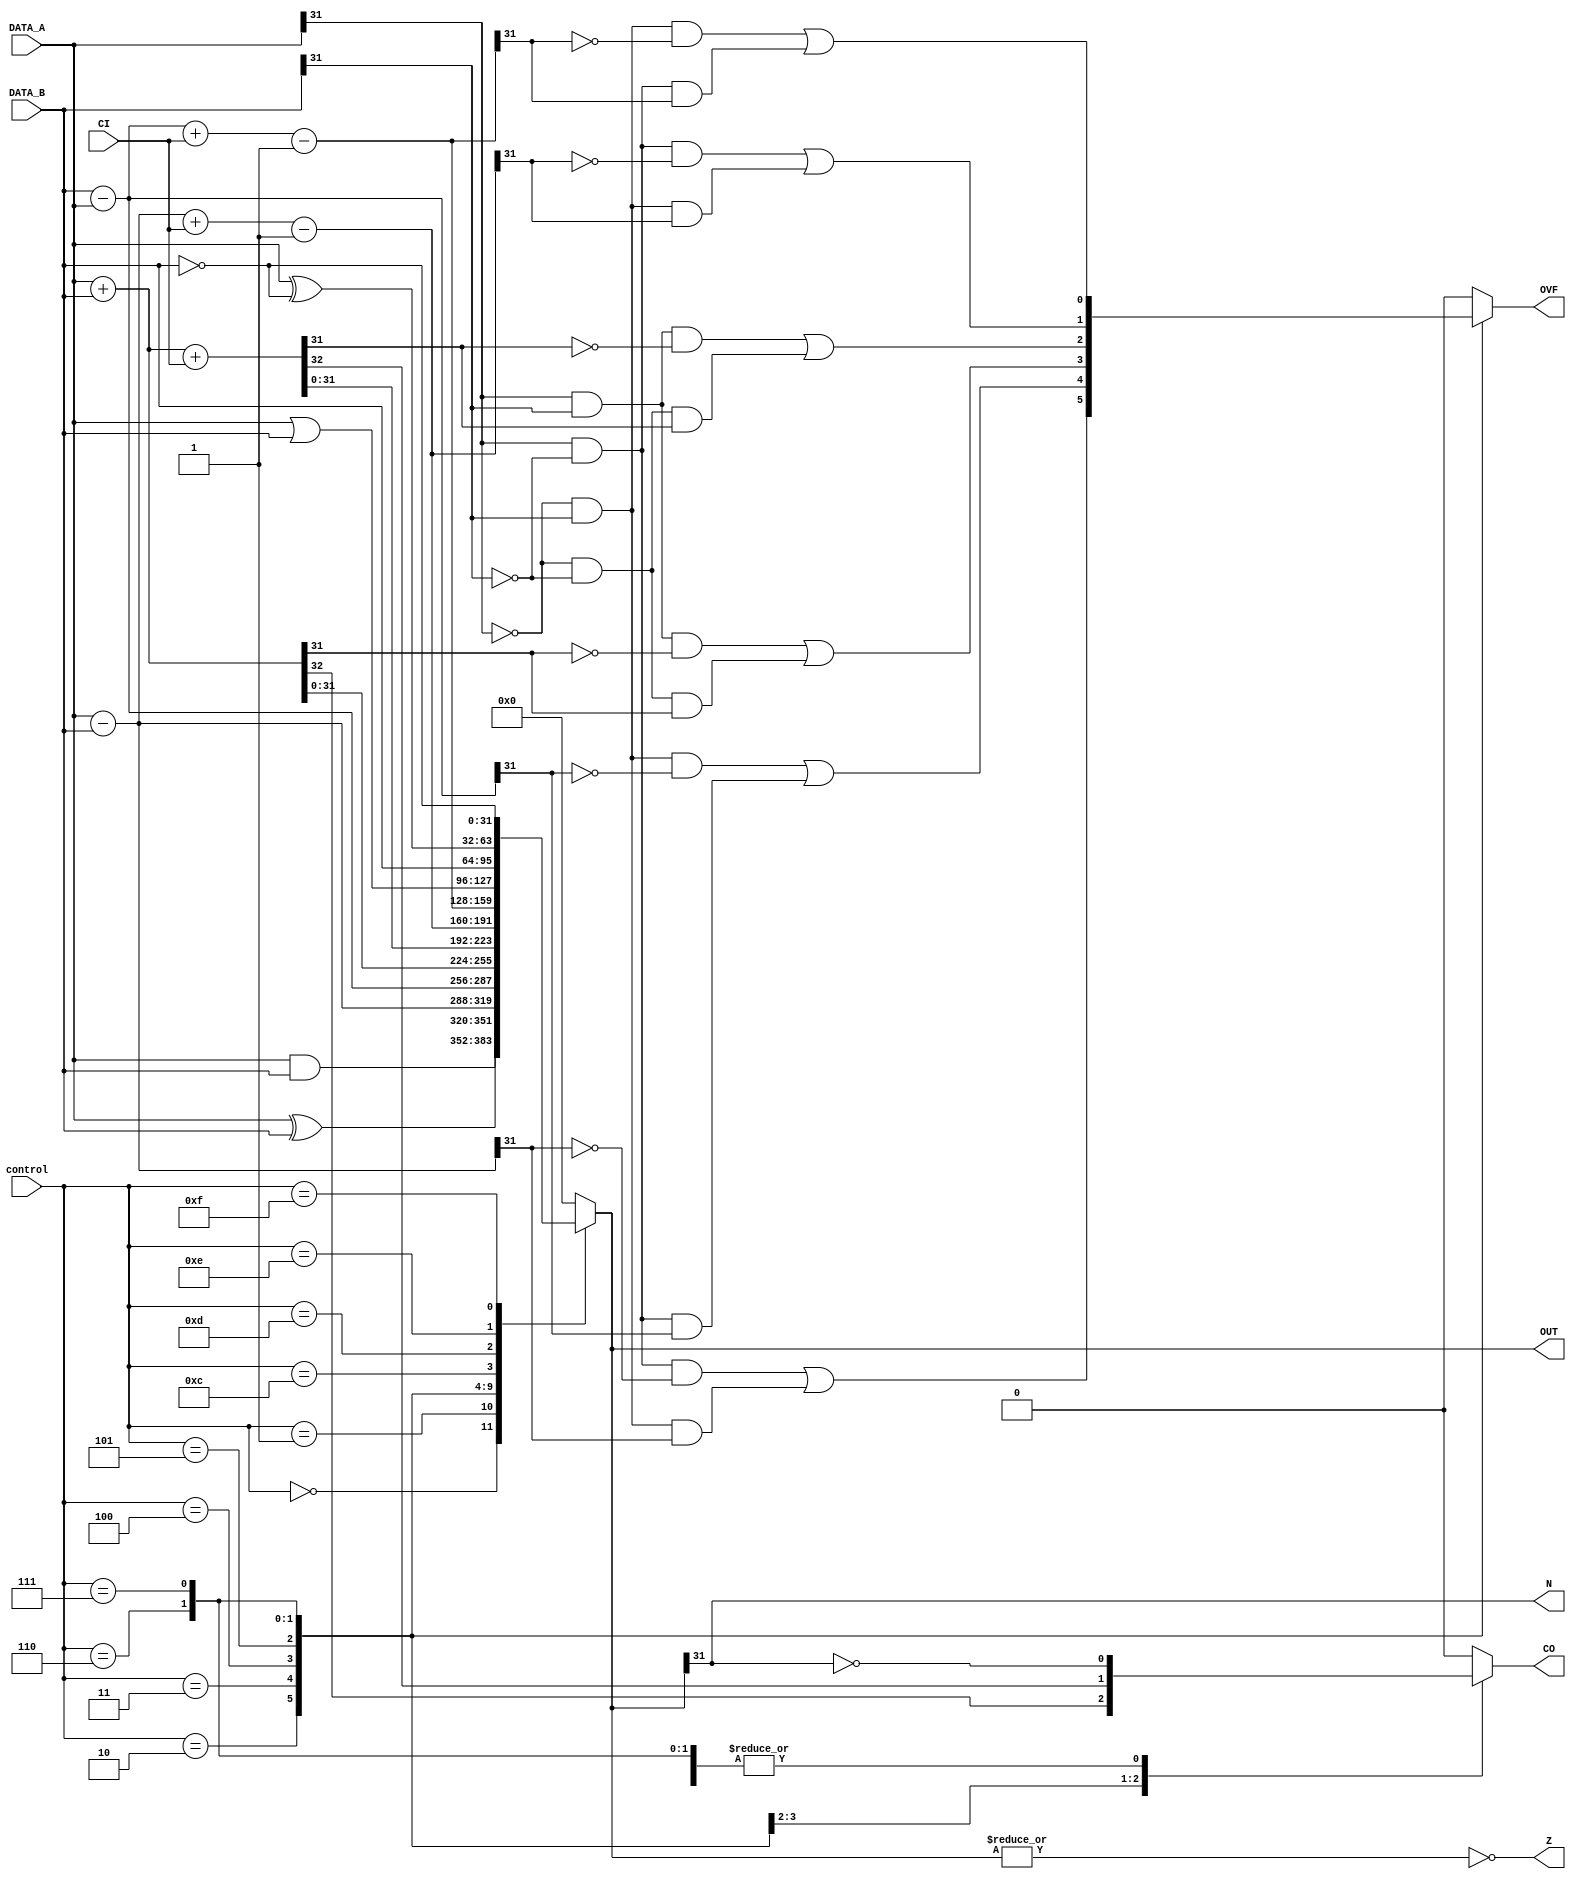
module ALU #(parameter WIDTH=32)
    (
	  input [3:0] control,
	  input CI,
	  input [WIDTH-1:0] DATA_A,
	  input [WIDTH-1:0] DATA_B,
      output reg [WIDTH-1:0] OUT,
	  output reg CO,
	  output reg OVF,
	  output N, Z
    );

parameter AND=4'b0000,
		  EXOR=4'b0001,
		  SubtractionAB=4'b0010,
		  SubtractionBA=4'b0011,
		  Addition=4'b0100,
		  Addition_Carry=4'b0101,
		  SubtractionAB_Carry=4'b0110,
		  SubtractionBA_Carry=4'b0111,
		  ORR=4'b1100,
		  Move=4'b1101,
		  Bit_Clear=4'b1110,
		  Move_Not=4'b1111;

// Assign the zero and negative flasg here since it is very simple
assign N = OUT[WIDTH-1];
assign Z = ~(|OUT);
	 
always@(*) begin
	case(control)
		AND:begin
			OUT = DATA_A & DATA_B;
			CO = 1'b0;
			OVF = 1'b0;
		end
		EXOR:begin
			OUT = DATA_A ^ DATA_B;
			CO = 1'b0;
			OVF = 1'b0;
		end
		SubtractionAB:begin
			OUT = DATA_A - DATA_B;
			CO = ~N; // ARM uses inverted borrow for subtraction with carry
			OVF = (DATA_A[WIDTH-1] & ~DATA_B[WIDTH-1] & ~OUT[WIDTH-1]) | (~DATA_A[WIDTH-1] & DATA_B[WIDTH-1] & OUT[WIDTH-1]);
		end
		SubtractionBA:begin
			OUT = DATA_B - DATA_A;
			CO = ~N; // ARM uses inverted borrow for subtraction with carry
			OVF = (DATA_B[WIDTH-1] & ~DATA_A[WIDTH-1] & ~OUT[WIDTH-1]) | (~DATA_B[WIDTH-1] & DATA_A[WIDTH-1] & OUT[WIDTH-1]);
		end
		Addition:begin
			{CO,OUT} = DATA_A + DATA_B;
			OVF = (DATA_A[WIDTH-1] & DATA_B[WIDTH-1] & ~OUT[WIDTH-1]) | (~DATA_A[WIDTH-1] & ~DATA_B[WIDTH-1] & OUT[WIDTH-1]);
		end
		Addition_Carry:begin
			{CO,OUT} = DATA_A + DATA_B + CI;
			OVF = (DATA_A[WIDTH-1] & DATA_B[WIDTH-1] & ~OUT[WIDTH-1]) | (~DATA_A[WIDTH-1] & ~DATA_B[WIDTH-1] & OUT[WIDTH-1]);
		end
		SubtractionAB_Carry:begin
			OUT = DATA_A - DATA_B + CI - 1;
			CO = ~N; // ARM uses inverted borrow for subtraction with carry
			OVF = (DATA_A[WIDTH-1] & ~DATA_B[WIDTH-1] & ~OUT[WIDTH-1]) | (~DATA_A[WIDTH-1] & DATA_B[WIDTH-1] & OUT[WIDTH-1]);
		end
		SubtractionBA_Carry:begin
			OUT = DATA_B - DATA_A + CI - 1;
			CO = ~N; // ARM uses inverted borrow for subtraction with carry
			OVF = (DATA_B[WIDTH-1] & ~DATA_A[WIDTH-1] & ~OUT[WIDTH-1]) | (~DATA_B[WIDTH-1] & DATA_A[WIDTH-1] & OUT[WIDTH-1]);
		end
		ORR:begin
			OUT = DATA_A | DATA_B;
			CO = 1'b0;
			OVF = 1'b0;
		end
		Move:begin
			OUT = DATA_B;
			CO = 1'b0;
			OVF = 1'b0;
		end
		Bit_Clear:begin
			OUT = DATA_A ^ ~DATA_B;
			CO = 1'b0;
			OVF = 1'b0;
		end
		Move_Not:begin
			OUT = ~DATA_B;
			CO = 1'b0;
			OVF = 1'b0;
		end
		default:begin
		OUT = {WIDTH{1'b0}};
		CO = 1'b0;
		OVF = 1'b0;
		end
	endcase
end
	 
endmodule